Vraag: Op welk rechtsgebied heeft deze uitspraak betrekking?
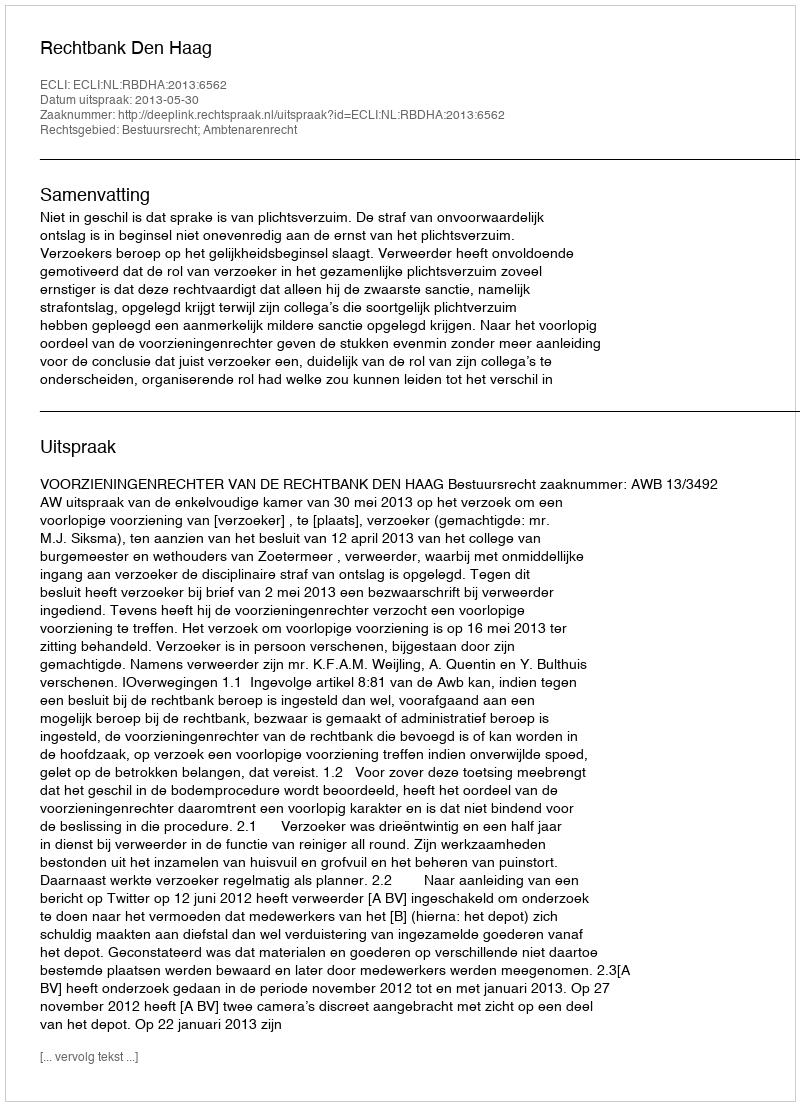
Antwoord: Bestuursrecht; Ambtenarenrecht